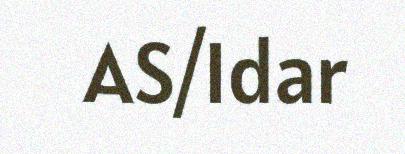
AS/Idar